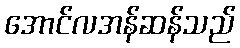
အောင်လအန်ဆန်သည်